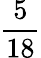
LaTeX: \frac{5}{18}